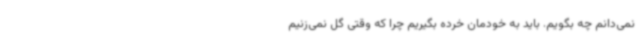
نمی‌دانم چه بگویم. باید به خودمان خرده بگیریم چرا که وقتی گل نمی‌زنیم